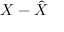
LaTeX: X - { \hat { X } }